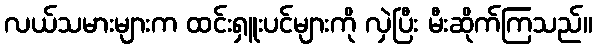
လယ်သမားများက ထင်းရှူးပင်များကို လှဲပြီး မီးဆိုက်ကြသည်။